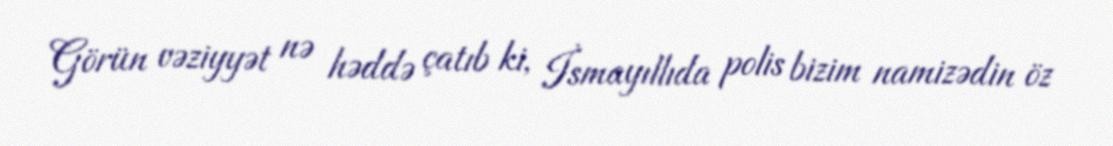
Görün vəziyyət nə həddə çatıb ki, İsmayıllıda polis bizim namizədin öz